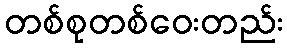
တစ်စုတစ်ဝေးတည်း